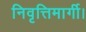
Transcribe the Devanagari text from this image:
निवृत्तिमार्गी।